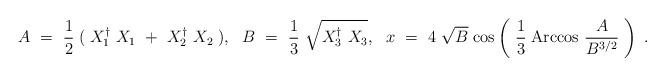
LaTeX: \begin{align*}A ~= ~{1\over 2}\;(\; X^{\dagger}_1 ~X_1 ~+~X^{\dagger}_2~ X_2\; ), ~~B ~= ~{1\over 3}~\sqrt{X^{\dagger}_3 ~X_3},~~x ~=~4~\sqrt{B}\; {\rm cos} \left(~{1\over 3}\; {\rm Arccos} ~ {~A~ \over B^{3/2}}~\right) \; .\end{align*}